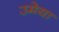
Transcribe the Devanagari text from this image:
उमेया